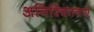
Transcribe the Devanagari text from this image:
अनिश्चितताएं